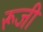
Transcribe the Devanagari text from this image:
रूजी